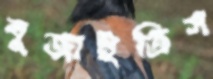
বুজাইতিস